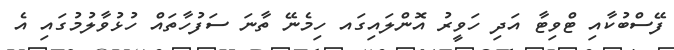
ފޭސްބުކާއި ޓްވިޓާ އަދި ހަވީރު އޮންލައިގައ ހިމެނޭ ތާނަ ސަފުހާތައް ހުޅުވާލުމުގައި އެ